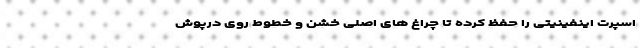
اسپرت اینفینیتی را حفظ کرده تا چراغ های اصلی خشن و خطوط روی درپوش